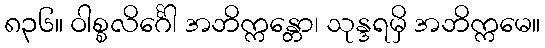
၈၃၆။ ဝါစ္စလိင်္ဂေါ အဘိက္ကန္တော၊ သုန္ဒရမှိ အဘိက္ကမေ။